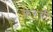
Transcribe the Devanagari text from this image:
फेरुची